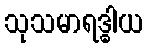
သုသမာရဒ္ဓါယ